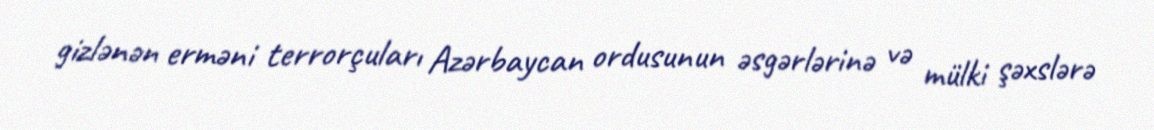
gizlənən erməni terrorçuları Azərbaycan ordusunun əsgərlərinə və mülki şəxslərə